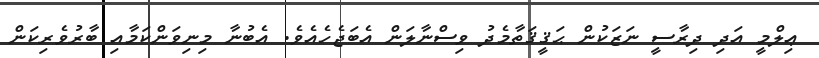
ޢިލްމީ އަދި ދިރާސީ ނަޒަކުން ޙަޤީޤަތާމެދު ވިސްނާލަން އެބަޖެހެއެވެ. އެބުނާ މިނިވަންކަމާއި ބާރުވެރިކަން